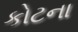
કોટના